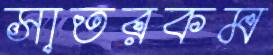
সাতরকম